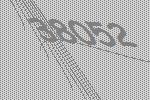
38052